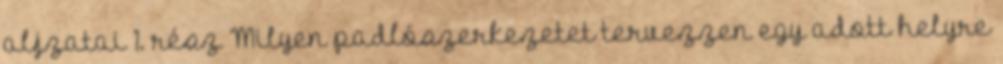
aljzatai 1. rész Milyen padlószerkezetet tervezzen egy adott helyre